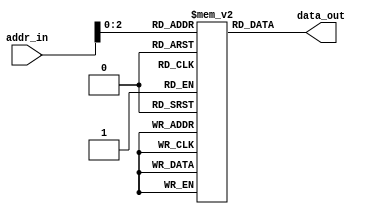
module programmemory(addr_in, data_out);

	input [7:0] addr_in;
	output [7:0] data_out;

	reg [7:0] pm[7:0];
	
	assign data_out = pm[addr_in];
	
	initial
		begin
			// MOV 7, R2
			// MOV #12, R3
			// MOV #1, R4
			// ADD R3
			// MOV A, R1
			// CLR
			// CPL
			// SUB R4
			// MOV A, R5
			// MOV R4, A
			// LSHIFT
			// JNB R4.6, [addr dari LSHIFT]
			// RSHIFT
			// JNZ R4, [addr dari RSHIFT]
			// NOP
			// MOV R1, 3
			// JMP HERE

			// Yang kurang cuma JB dan JZ

			pm[0]  = 8'b00000101; // MOV addr ke reg
			pm[1]  = 8'b00000111; // addr 7 
			pm[2]  = 8'b00000010; // R2

			pm[3]  = 8'b00000110; // MOV direct ke reg
			pm[4]  = 8'b00001100; // #12 
			pm[5]  = 8'b00000011; // R3

			pm[6]  = 8'b00000110; // MOV direct ke reg
			pm[7]  = 8'b00000001; // #1
			pm[8]  = 8'b00000100; // R4
			
			pm[9]  = 8'b00000001; // ADD 
			pm[10] = 8'b00000011; // R3

			pm[11] = 8'b00000011; // MOV reg ke reg
			pm[12] = 8'b00000001; // A ke R1

			pm[13] = 8'b00010010; // CLR

			pm[14] = 8'b00001110; // CPL
			
			pm[15] = 8'b00000010; // SUB
			pm[16] = 8'b00000100; // R4

			pm[17] = 8'b00000011; // MOV reg ke reg
			pm[18] = 8'b00000101; // A ke R5

			pm[19] = 8'b00000011; // MOV reg ke reg
			pm[20] = 8'b01000000; // R4 ke A

			pm[21] = 8'b00010100; // LSHIFT

			pm[22] = 8'b00001001; // JNB
			pm[23] = 8'b01100100; // Bit ke-6 dari R4
			pm[24] = 8'b00010101; // Jump ke alamat LSHIFT (21)

			pm[25] = 8'b00010011; // RSHIFT

			pm[26] = 8'b00001101; // JNZ
			pm[27] = 8'b00000100; // R4
			pm[28] = 8'b00011001; // Jump ke alamat RSHIFT (25)

			pm[29] = 8'b00000000; // NOP

			pm[30] = 8'b00000100; // MOV reg ke addr
			pm[31] = 8'b00000001; // R1
			pm[32] = 8'b00000011; // Addr 3
			
			pm[33] = 8'b00000111; // JMP
			pm[34] = 8'b00100001; // HERE (33)
					
		end 
	
	
endmodule